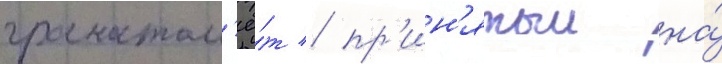
гранатом'ё́т / пр'ин'ятыи на́